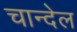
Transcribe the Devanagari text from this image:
चान्देल